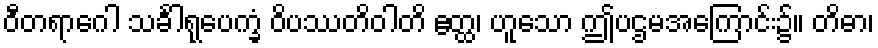
ဝီတရာဂေါ သင်္ခါရုပေက္ခံ ဝိပဿတိဝါတိ ဧတ္ထ၊ ဟူသော ဤပဌမအကြောင်း၌။ တိဓာ၊